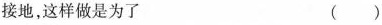
接地，这样做是为了 （）